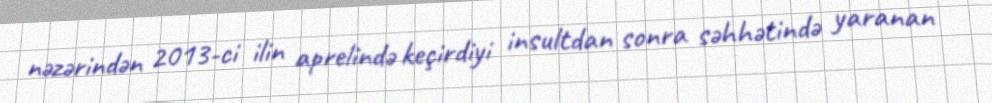
nəzərindən 2013-ci ilin aprelində keçirdiyi insultdan sonra səhhətində yaranan